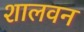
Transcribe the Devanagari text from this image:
शालवन